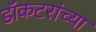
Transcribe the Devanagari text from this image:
डॉकटरांच्या